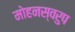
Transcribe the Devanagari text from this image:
मोहनस्वरुप